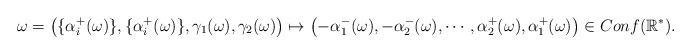
LaTeX: \begin{align*}\omega=\left(\{\alpha^+_i(\omega)\},\{\alpha^+_i(\omega)\},\gamma_1(\omega),\gamma_2(\omega)\right)\mapsto\left(-\alpha_1^-(\omega),-\alpha_2^-(\omega),\cdots, \alpha_2^+(\omega),\alpha_1^+(\omega)\right)\in Conf(\mathbb{R}^*).\end{align*}